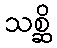
သစ္ဆိ